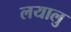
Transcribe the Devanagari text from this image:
लयालु